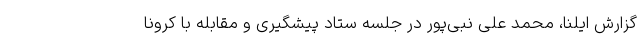
گزارش ایلنا، محمد علی نبی‌پور در جلسه ستاد پیشگیری و مقابله با کرونا